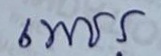
เพชร